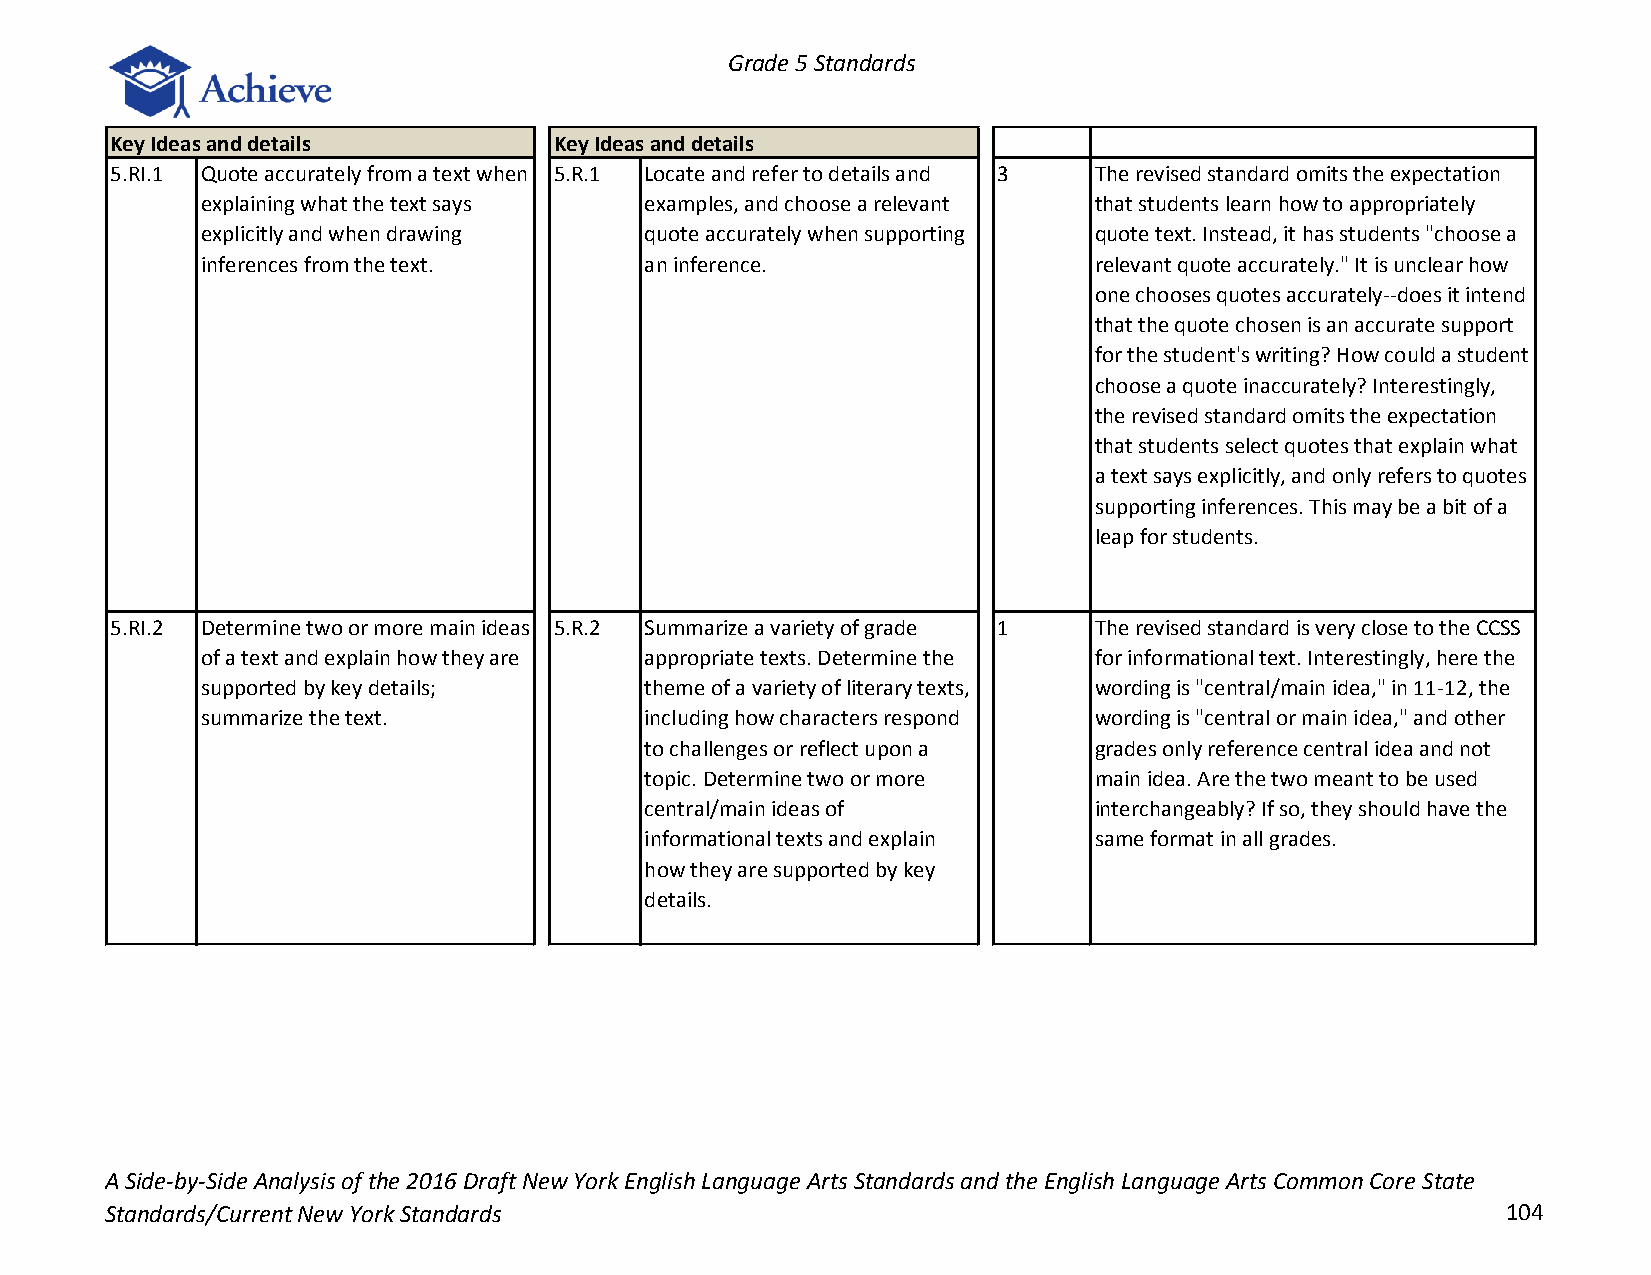
Grade 5 Standards
 Key Ideas and details         Key Ideas and details
 5.RI.1 Quote accurately from a text when 5.R.1 Locate and refer to details and 3 The revised standard omits the expectation
 explaining what the text says examples, and choose a relevant that students learn how to appropriately
 explicitly and when drawing   quote accurately when supporting quote text. Instead, it has students "choose a
 inferences from the text.     an inference.                relevant quote accurately." It is unclear how
 one chooses quotes accurately--does it intend
 that the quote chosen is an accurate support
 for the student's writing? How could a student
 choose a quote inaccurately? Interestingly,
 the revised standard omits the expectation
 that students select quotes that explain what
 a text says explicitly, and only refers to quotes
 supporting inferences. This may be a bit of a
 leap for students.
 5.RI.2 Determine two or more main ideas 5.R.2 Summarize a variety of grade 1 The revised standard is very close to the CCSS
 of a text and explain how they are appropriate texts. Determine the for informational text. Interestingly, here the
 supported by key details;     theme of a variety of literary texts, wording is "central/main idea," in 11-12, the
 summarize the text.           including how characters respond wording is "central or main idea," and other
 to challenges or reflect upon a grades only reference central idea and not
 topic. Determine two or more main idea. Are the two meant to be used
 central/main ideas of        interchangeably? If so, they should have the
 informational texts and explain same format in all grades.
 how they are supported by key
 details.
 A Side-by-Side Analysis of the 2016 Draft New York English Language Arts Standards and the English Language Arts Common Core State
 Standards/Current New York Standards                                                         104